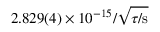
\ensuremath { 2 . 8 2 9 ( 4 ) \times 1 0 ^ { - 1 5 } } / \sqrt { \tau / \mathrm { { s } } }